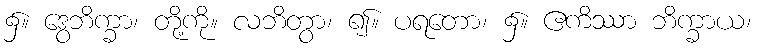
၌။ ဒွေဘိက္ခာ၊ တို့ကို။ လဘိတွာ၊ ၍။ ပရတော၊ ၌။ ဧကိဿာ ဘိက္ခာယ၊